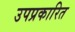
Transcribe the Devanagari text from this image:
उपप्रकारित